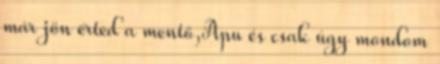
már jön érted a mentő,Apu és csak úgy mondom